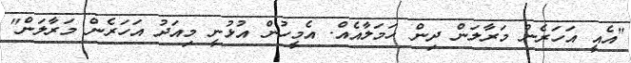
"އެއީ އަހަރެން މަރާލަން ދިން ހަމަލާއެއް. އެމީހުން އުޅުނީ މިއަދު އަހަރެން މަރާލަން"